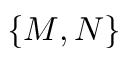
\{ M , N \}